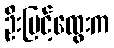
ဦးမြင့်ထွေးက